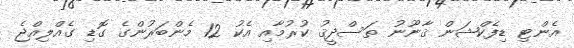
އެންޓި ޑިފެކްޝަން ޤާނޫނު ތަސްދީޤު ކުރުމާއި އެކު 12 މެންބަރުންގެ ގޮޑި ގެއްލިއްޖެ